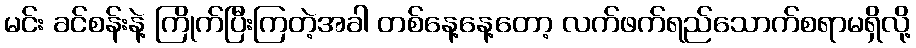
မင်း ခင်စန်းနဲ့ ကြိုက်ပြီးကြတဲ့အခါ တစ်နေ့နေ့တော့ လက်ဖက်ရည်သောက်စရာမရှိလို့